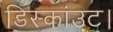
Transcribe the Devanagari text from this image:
डिस्कांउट।